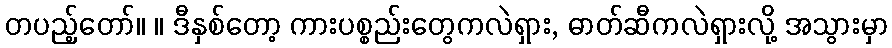
တပည့်တော်။ ။ ဒီနှစ်တော့ ကားပစ္စည်းတွေကလဲရှား, ဓာတ်ဆီကလဲရှားလို့ အသွားမှာ